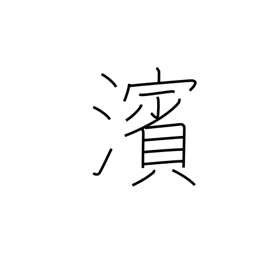
Meaning: river bank